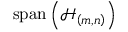
\operatorname { s p a n } \left( \mathcal { H } _ { \left( m , n \right) } \right)